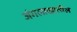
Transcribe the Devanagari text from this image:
जंगलाखालील